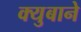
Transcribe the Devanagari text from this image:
क्युबाने